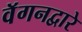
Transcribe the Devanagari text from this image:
वॅगनद्वारे